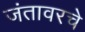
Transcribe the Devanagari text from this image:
जंतावरचे